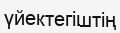
үйектегіштің